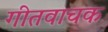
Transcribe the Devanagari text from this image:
गीतवाचक